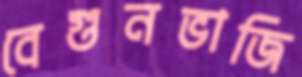
বেগুনভাজি